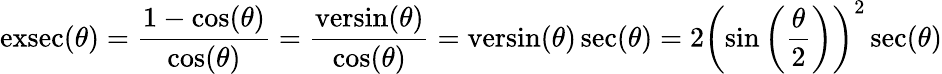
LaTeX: \operatorname{exsec}(\theta)={\frac{1-\cos(\theta)}{\cos(\theta)}}={\frac{\operatorname{versin}(\theta)}{\cos(\theta)}}=\operatorname{versin}(\theta)\sec(\theta)=2\left(\sin\left({\frac{\theta}{2}}\right)\right)^{2}\sec(\theta)